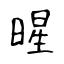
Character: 暒